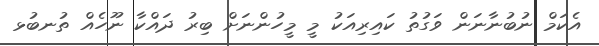
އެކަމް ނުބުނާނަން ވަގުތު ކައިރިއަކު މީ މީހުންނަށް ބިރު ދައްކާ ނޫހެއް ތުނބުޅ